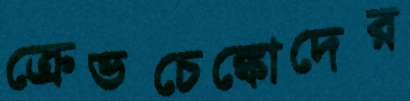
ক্রেভচেঙ্কোদের